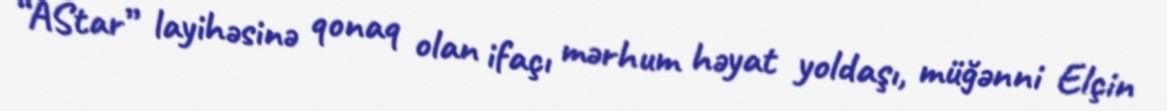
“AStar” layihəsinə qonaq olan ifaçı mərhum həyat yoldaşı, müğənni Elçin